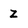
Character: Z